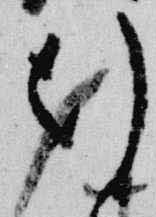
行